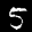
Label: 5